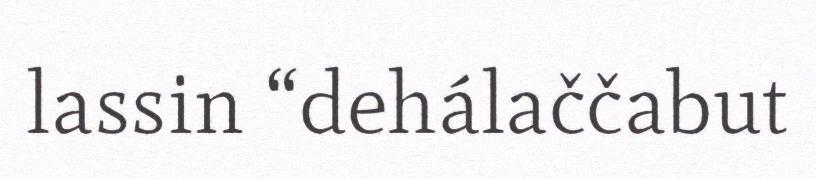
lassin “dehálaččabut